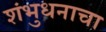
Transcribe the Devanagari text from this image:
शंभुधनाचा